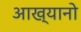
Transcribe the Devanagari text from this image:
आख्यानो